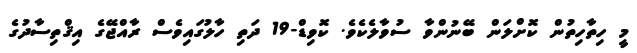
މީ ހިތާހިތުން ކޮށްލަން ބޭނުންވާ ސުވާލެކެވެ. ކޮވިޑް-19 ދަތި ހާލުގައިވެސް ރާއްޖޭގެ އިޤްތިސާދުގެ